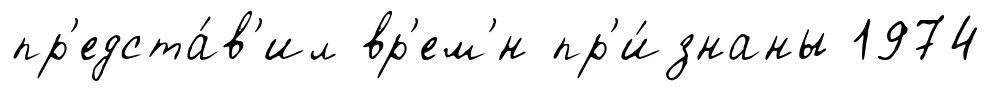
пр'едста́в'ил вр'ем'́н пр'и́знаны 1974